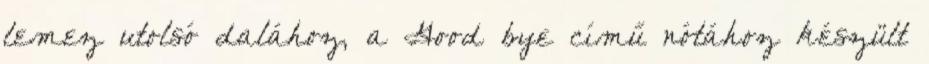
lemez utolsó dalához, a Good bye című nótához készült